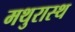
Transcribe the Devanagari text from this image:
मथुरास्थ